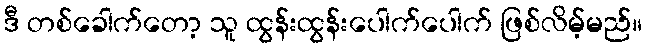
ဒီ တစ်ခေါက်တော့ သူ ထွန်းထွန်းပေါက်ပေါက် ဖြစ်လိမ့်မည်။